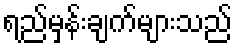
ရည်မှန်းချက်များသည်